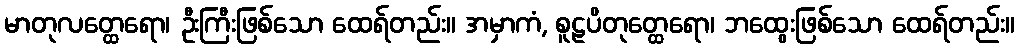
မာတုလတ္ထေရော၊ ဦးကြီးဖြစ်သော ထေရ်တည်း။ အမှာကံ, စူဠပိတုတ္ထေရော၊ ဘထွေးဖြစ်သော ထေရ်တည်း။